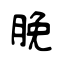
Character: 脕